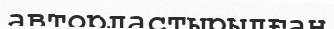
авторластырылған